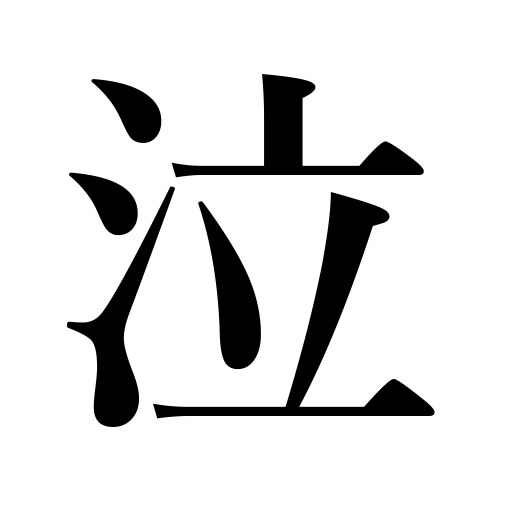
Meanings: weep,wail,moan,cry